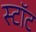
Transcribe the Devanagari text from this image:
स्टॉट